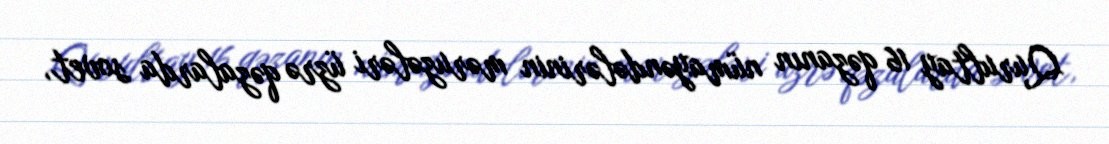
Qurultay 16 qəzanın nümayəndələrinin məruzələri üzrə qəzalarda sovet,